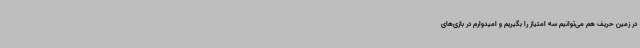
در زمین حریف هم می‌توانیم سه امتیاز را بگیریم و امیدوارم در بازی‌های